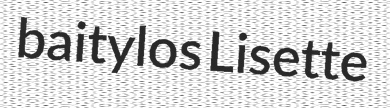
baitylos Lisette